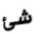
شئ